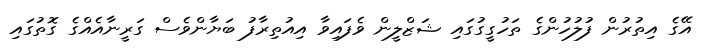
އޭގެ އިތުރުން ފުލުހުންގެ ތަހުގީގުގައި ޝަޒްލީން ވެފައިވާ އިއުތިރާފު ބަޔާންވެސް ގަރީނާއެއްގެ ގޮތުގައި